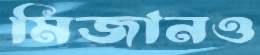
মিজানও